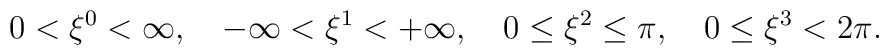
0<\xi^0 <\infty, \hspace{1em} -\infty <\xi^1 <+ \infty, \hspace{1em} 0\leq \xi^2\leq \pi, \hspace{1em} 0\leq \xi^3 <2 \pi.